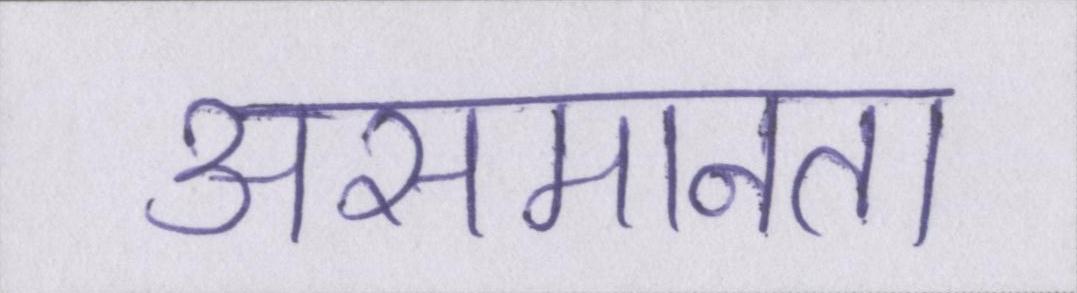
असमानता